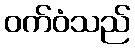
ဝက်ဝံသည်